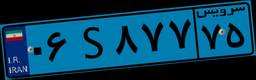
۶۸S۹۹۷۷۳